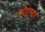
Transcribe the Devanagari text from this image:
कोएस्टर